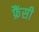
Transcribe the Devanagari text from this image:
फ्रैंसी